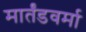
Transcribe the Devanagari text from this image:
मार्तंडवर्मा